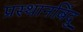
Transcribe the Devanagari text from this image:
प्रस्थानबिंदु